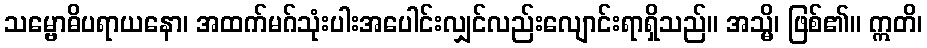
သမ္ဗောဓိပရာယနော၊ အထက်မဂ်သုံးပါးအပေါင်းလျှင်လည်းလျောင်းရာရှိသည်။ အသ္မိ၊ ဖြစ်၏။ ဣတိ၊